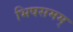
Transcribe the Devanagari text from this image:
भिषसमम्